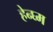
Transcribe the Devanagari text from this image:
हेन्घ्म